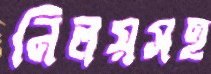
নিলয়সহ